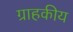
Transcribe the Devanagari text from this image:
ग्राहकीय